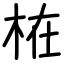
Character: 𣑊